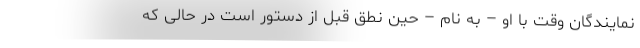
نمایندگان وقت با او – به نام – حین نطق قبل از دستور است در حالی که